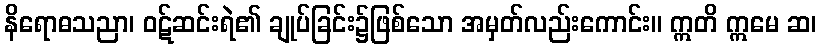
နိရောဓသညာ၊ ဝဋ်ဆင်းရဲ၏ ချုပ်ခြင်း၌ဖြစ်သော အမှတ်လည်းကောင်း။ ဣတိ ဣမေ ဆ၊